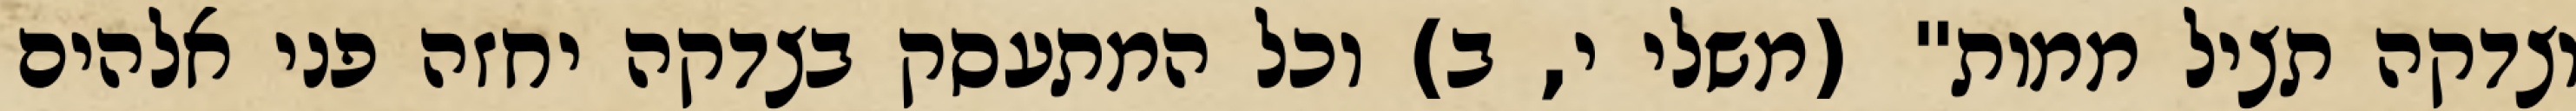
וצדקה תציל ממות" (משלי י, ב) וכל המתעסק בצדקה יחזה פני אלהים